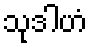
သုဒါဟံ